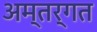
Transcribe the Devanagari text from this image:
अम्तर्गत